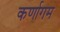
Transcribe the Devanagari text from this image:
कर्णागम